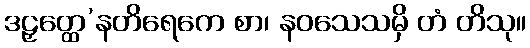
ဒဠှတ္ထေ’နတိရေကေ စာ၊ နဝသေသမှိ တံ တိသု။